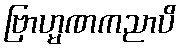
ဗြာဟ္မဏကညာပိ